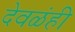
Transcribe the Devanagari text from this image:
देवळंही